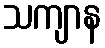
သကျာန